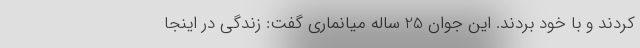
کردند و با خود بردند. این جوان 25 ساله میانماری گفت: زندگی در اینجا